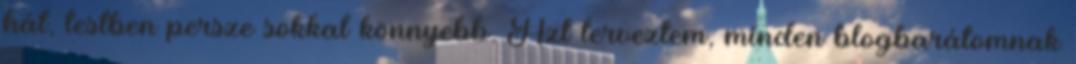
hát, testben persze sokkal könnyebb. Azt terveztem, minden blogbarátomnak